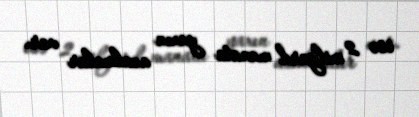
isə 2 milyard manata yaxın azalmalar var.